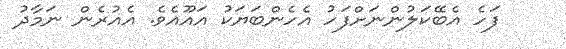
ފަހެ އެބޭކަލުންނަށްފަހު އެހެންބަޔަކު އައޫއެވެ. އެއުރެން ނަމާދު